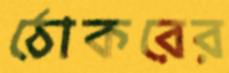
ঠোকরের